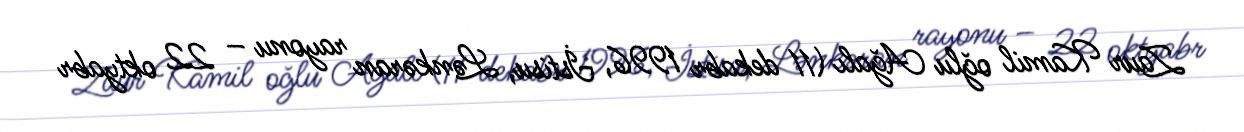
Zaur Kamil oğlu Ağalı (11 dekabr 1996, İstisu, Lənkəran rayonu – 22 oktyabr